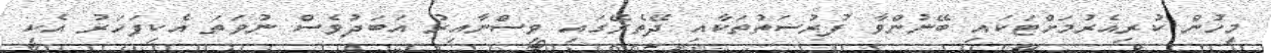
މީހުން ކުރިއެރުމަށްޓަކައި ބޭނުންވާ ފުރުސަތުތަކާއި ދޭތެރޭގައި ވިސްނާއިރު އަބަދުވެސް ނުވަތަ އެކިފަހަރު އެކި